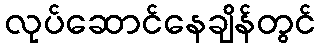
လုပ်ဆောင်နေချိန်တွင်